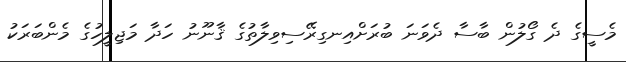
މެސީގެ ދެ ގޯލުން ބާސާ ދެވަނަ ބުރަށްއިނގިރޭސިވިލާތުގެ ޤާނޫނު ހަދާ މަޖިލީހުގެ މެންބަރަކު